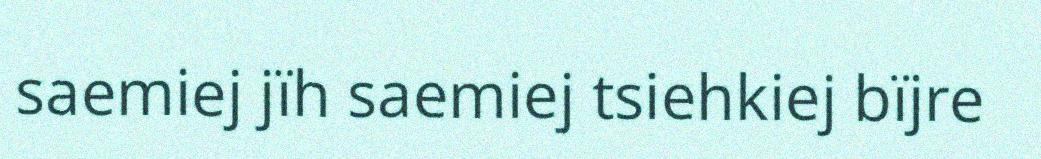
saemiej jïh saemiej tsiehkiej bïjre